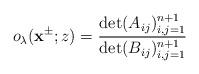
LaTeX: \begin{align*}o_\lambda(\mathbf{x}^{\pm};z)=\frac{\det(A_{ij})^{n+1}_{i,j=1}}{\det(B_{ij})^{n+1}_{i,j=1}}\end{align*}